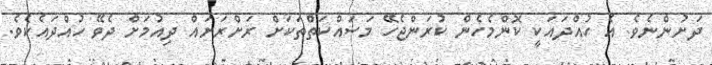
ދަށުންނެވެ. އެ ހުއްދައަކީ ކޮންމެހެން ކުރަންޖެހޭ މަސައްކަތްތަކަށް ރަށްރަށައް ދިއުމަށް ދެވޭ ހުއްދައެކެވެ.